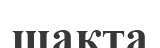
шақта